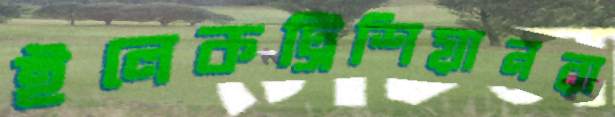
ইলেকট্রিশিয়ানরা